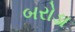
બરોડા